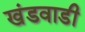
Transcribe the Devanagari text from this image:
खंडवाडी